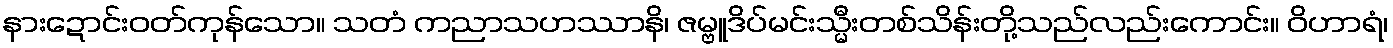
နားဍောင်းဝတ်ကုန်သော။ သတံ ကညာသဟဿာနိ၊ ဇမ္ဗူဒိပ်မင်းသ္မီးတစ်သိန်းတို့သည်လည်းကောင်း။ ဝိဟာရံ၊